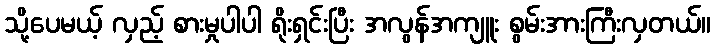
သို့ပေမယ့် လှည့် စားမှုပါပါ ရိုးရှင်းပြီး အလွန်အကျူး စွမ်းအားကြီးလှတယ်။